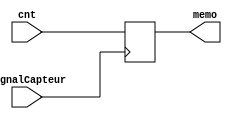
module Memoire(cnt,signalCapteur,memo);

input signalCapteur;
input [15:0] cnt;
output reg[15:0] memo;

always@(negedge(signalCapteur))
begin
	memo <= cnt;
end
endmodule